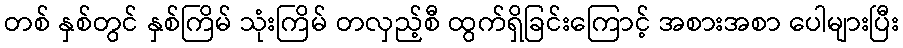
တစ် နှစ်တွင် နှစ်ကြိမ် သုံးကြိမ် တလှည့်စီ ထွက်ရှိခြင်းကြောင့် အစားအစာ ပေါများပြီး